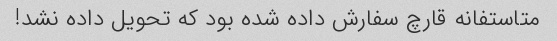
متاستفانه قارچ سفارش داده شده بود که تحویل داده نشد!